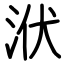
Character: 洑